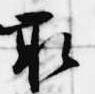
取